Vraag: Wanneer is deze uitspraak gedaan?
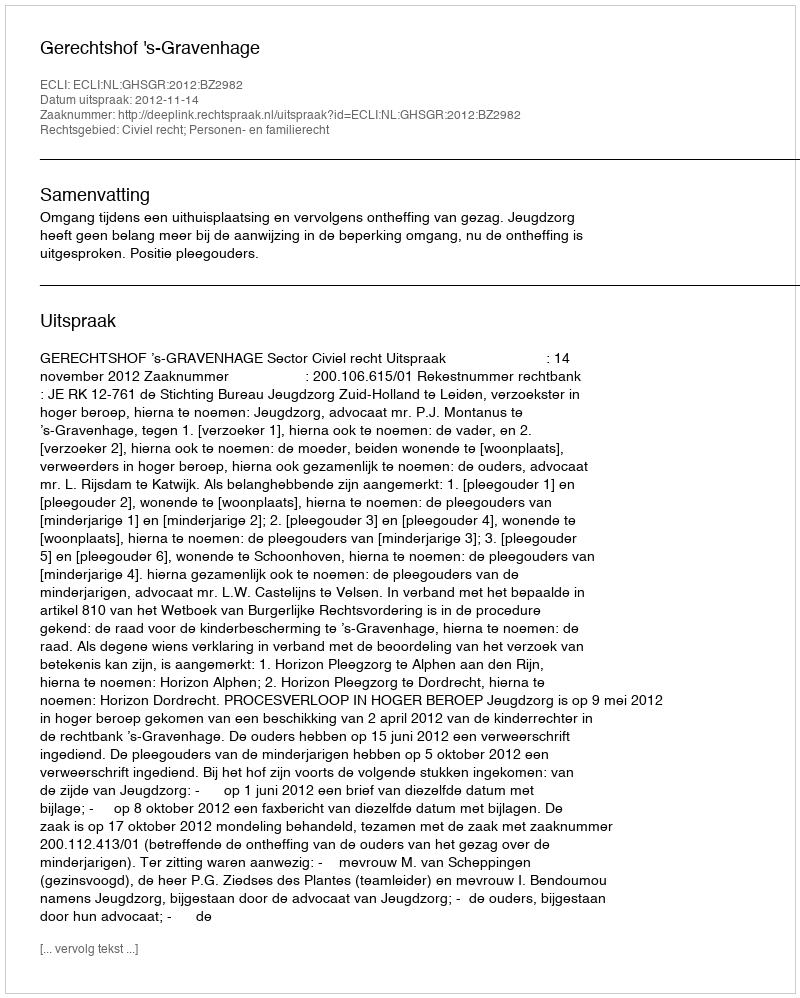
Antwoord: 2012-11-14